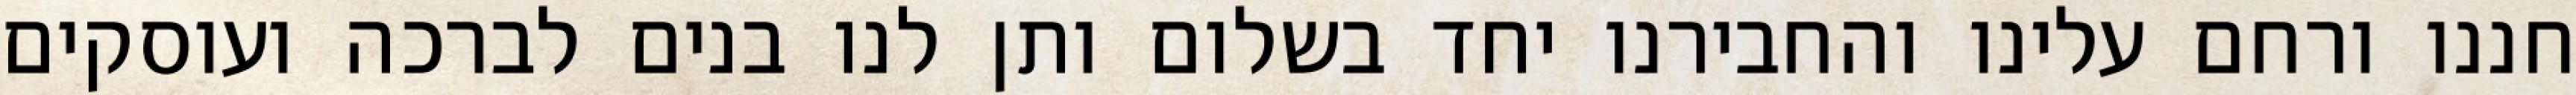
חננו ורחם עלינו והחבירנו יחד בשלום ותן לנו בנים לברכה ועוסקים